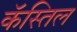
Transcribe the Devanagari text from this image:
कॅस्तिल